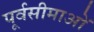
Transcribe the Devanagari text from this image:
पूर्वसीमाओं